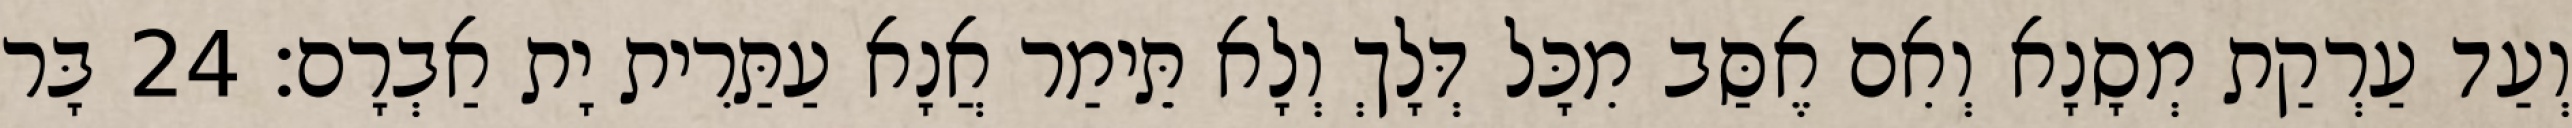
וְעַד עַרְקַת מְסָנָא וְאִם אֶסַּב מִכָּל דְּלָךְ וְלָא תֵּימַר אֲנָא עַתַּרִית יָת אַבְרָם׃ 24 בָּר